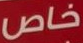
خاص